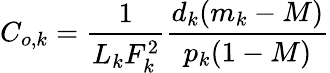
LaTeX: C_{o,k}=\frac{1}{L_{k}F_{k}^{2}}\frac{d_{k}(m_{k}-M)}{p_{k}(1-M)}